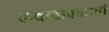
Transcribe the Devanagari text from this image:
कथावाचकाची